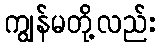
ကျွန်မတို့လည်း